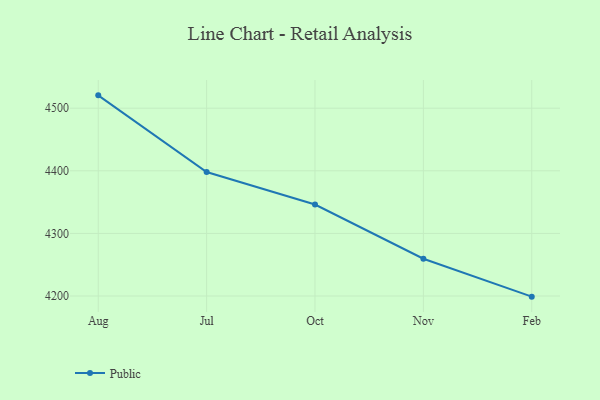
{"axis": {"x": "Month", "y": "Website Visitors"}, "legend": ["Public"], "data": [{"x": "Aug", "y": 4520.5, "type": "Public"}, {"x": "Jul", "y": 4398.1, "type": "Public"}, {"x": "Oct", "y": 4346.1, "type": "Public"}, {"x": "Nov", "y": 4259.6, "type": "Public"}, {"x": "Feb", "y": 4199.0, "type": "Public"}]}